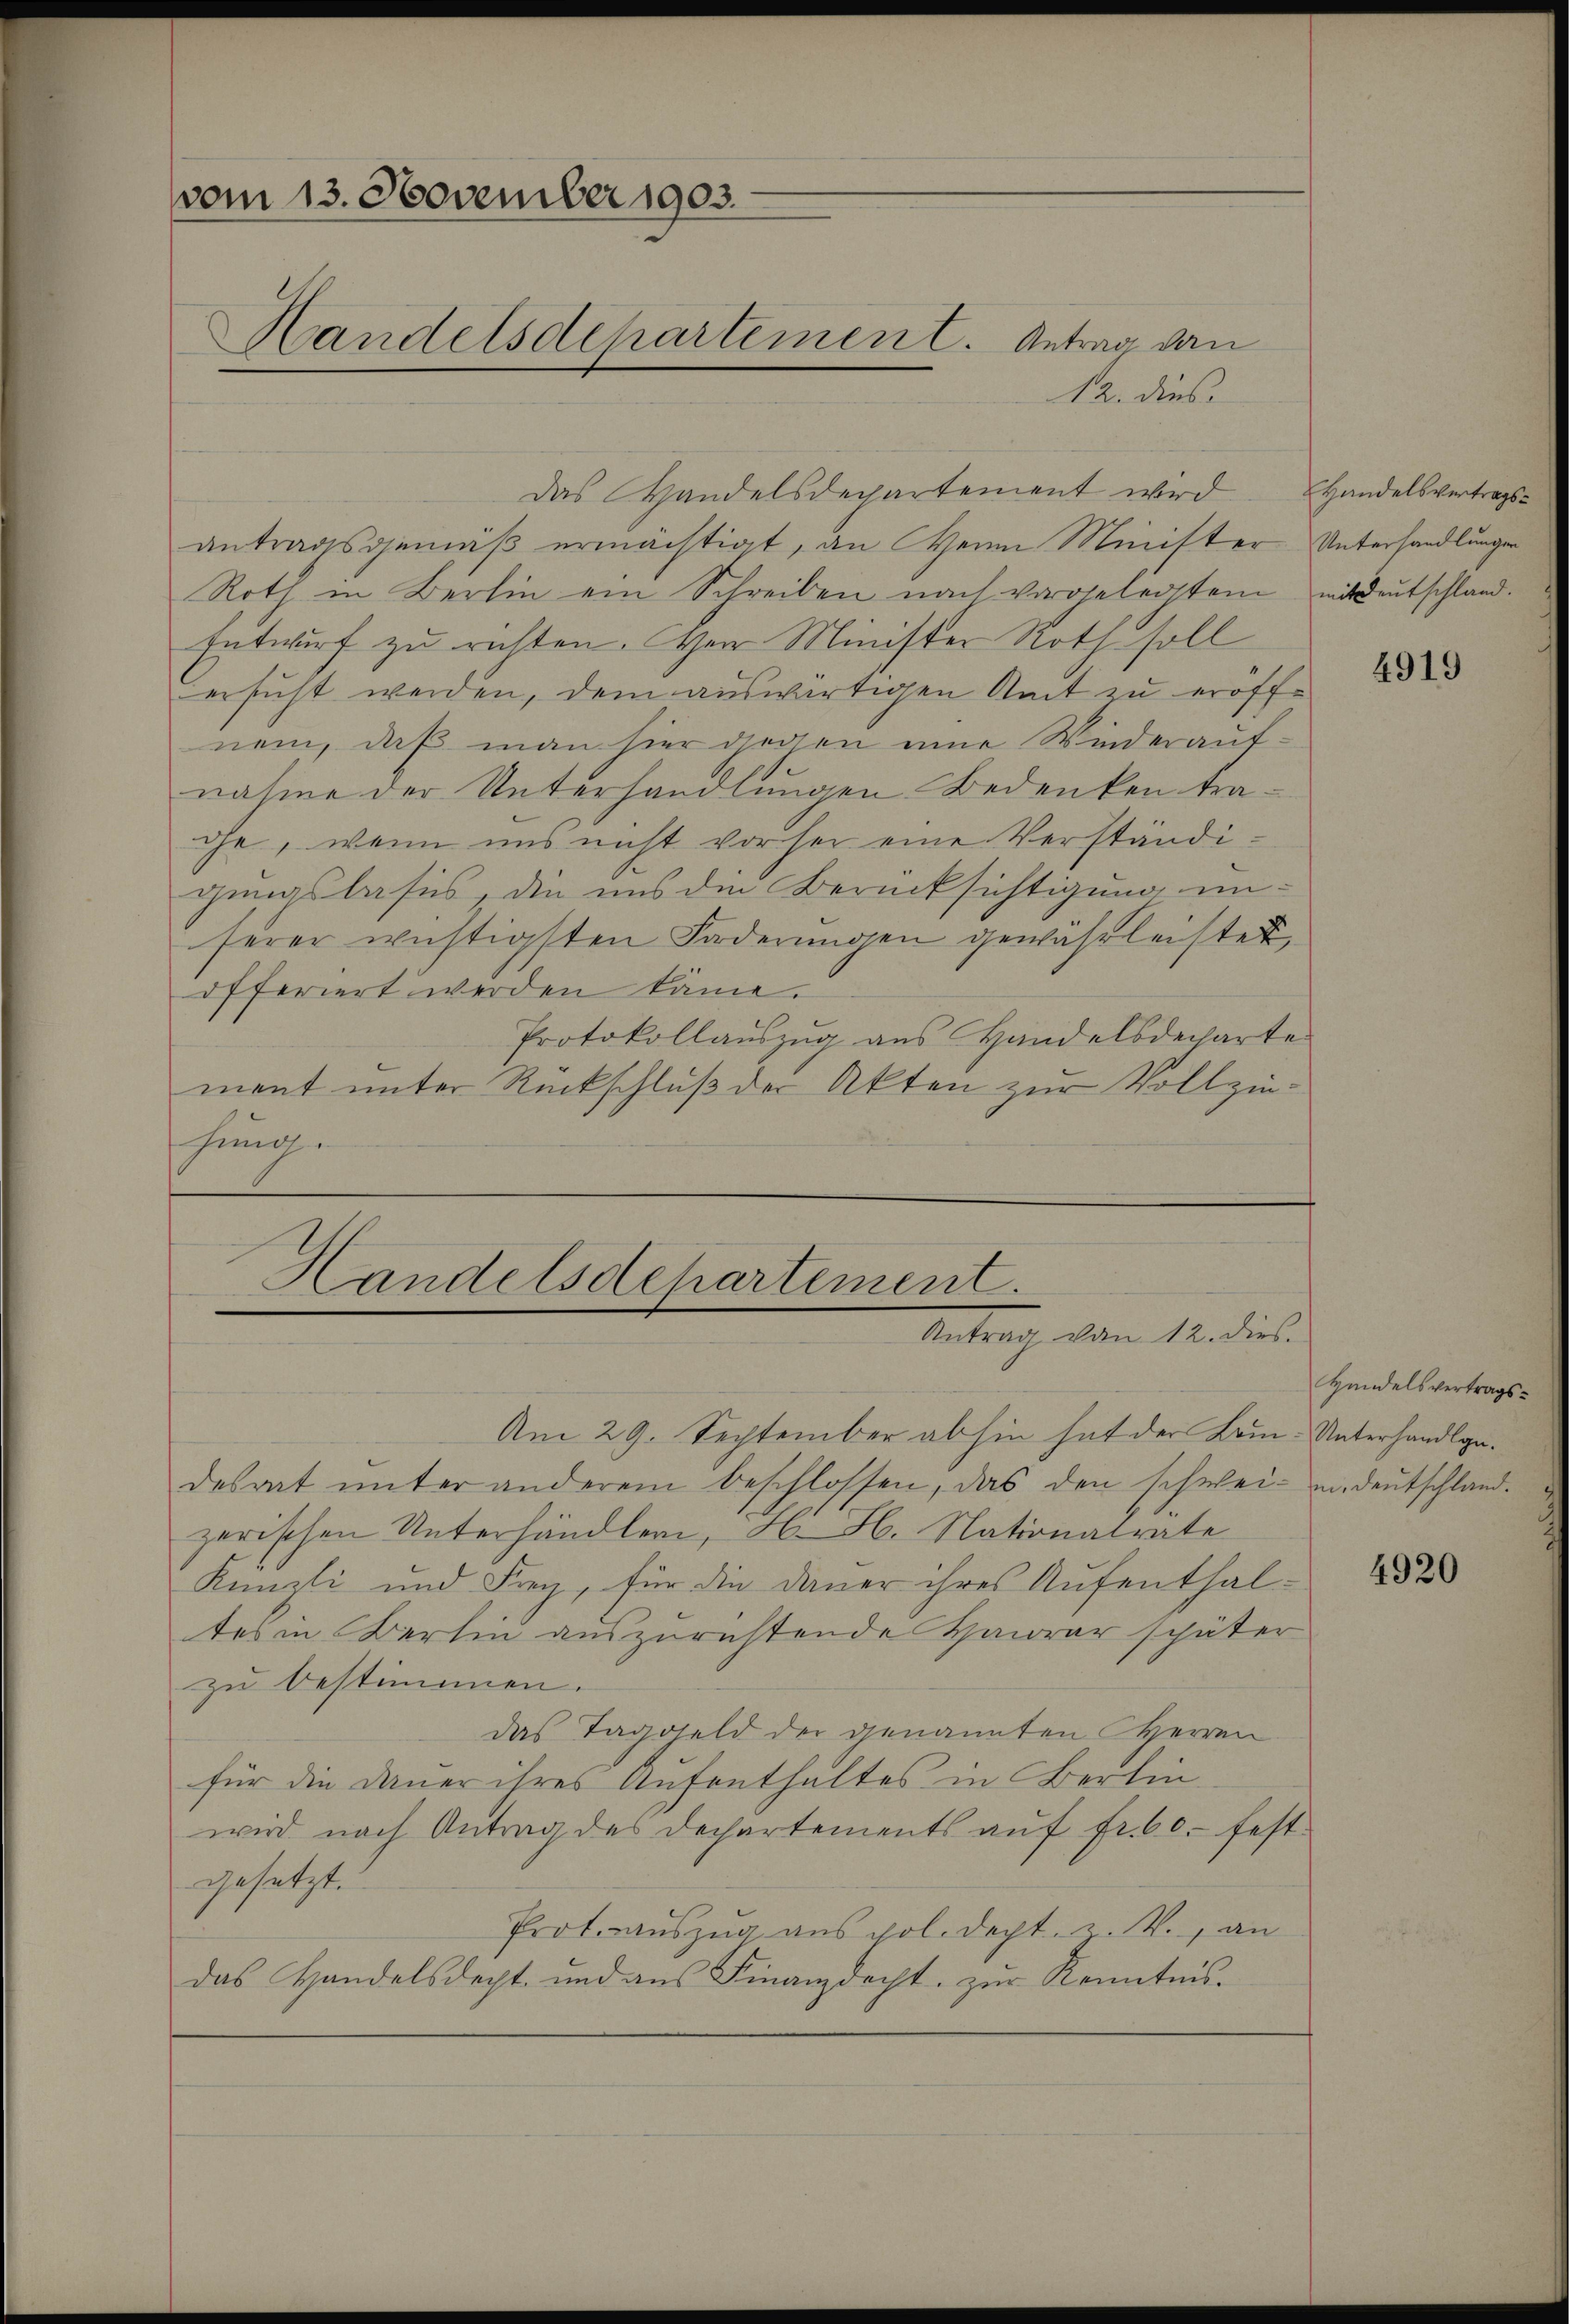
vom 13. November 1903.
Handelsdepartemen C. Antrag von

12. dies
Das Handelsdepartement wird. Handelsvertragsantragsgemäß ermächtigt, an Herrn Minister Unterhandlungen
Roth in Berlin ein Schreiben nach vorgelegtem mitdeutschland.
Entwurf zu richten. Herr Minister Roth soll
ersucht werden, dem auswärtigen Amt zu eröffnem, daß man hier diesen eine Wiederaufnahme der Unterhandlungen Bedenken traohe, wenn uns nicht vor sei eine Verständiginaslasis, die uns die Berücksichtigung un-
serer wichtigsten Forderungen gewährleistet,
offeriert werden käme.
Protokollauszug aus Handelsdecharte
ment unter Rückschluß der Akten zur Vollzinhung.

Handelsdepartement.
Unterlich vom 1. diese

Am 29. September abhin hat der Lom- Unterhandlgadesrat unter anderem beschlossen, das den schwei- in Deutschlandzerischen Unterhändler, H. H. Nationalrate
Künzli und Frey, für die Dauer ihres Aufenthaltes in Berlin auszurichtende Hawrar später
zu bestimmen.
das Taggeld der genannten Herren
für die Dauer ihres Aufenthaltes in Berlin
wird nach Antrag des Dechartements auf fr. 60. festgesetzt.
Prot. auszug aus pol. dept. v. M., an
das Handelsdecht und aŭs Finanzdacht. zŭr Kenntnis.

4919

Handelsvertrags¬

4920